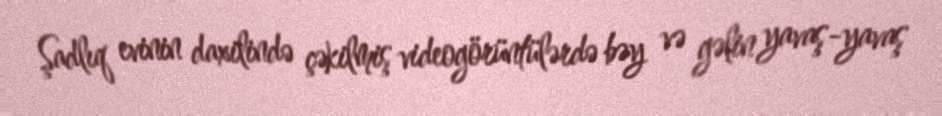
Şadlıq evinin daxilində çəkilmiş videogörüntülərdə bəy və gəlin yavaş-yavaş